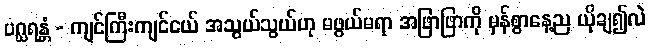
ပဂ္ဃရန္တံ - ကျင်ကြီးကျင်ငယ် အသွယ်သွယ်ဟု မဖွယ်မရာ အဖြာဖြာကို မှန်စွာနေ့ည ယိုချ၍လဲ